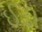
ઈડી